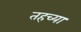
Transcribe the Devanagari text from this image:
तहच्या